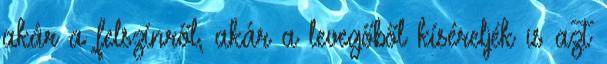
akár a felszínről, akár a levegőből kíséreljék is azt